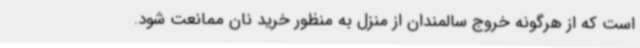
است که از هرگونه خروج سالمندان از منزل به منظور خرید نان ممانعت شود.